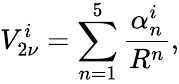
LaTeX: V_{2\nu}^{i}=\sum_{n=1}^{5}\frac{\alpha_{n}^{i}}{R^{n}},